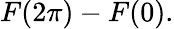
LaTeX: F(2\pi)-F(0).